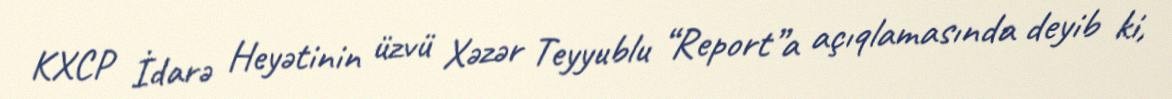
KXCP İdarə Heyətinin üzvü Xəzər Teyyublu “Report”a açıqlamasında deyib ki,